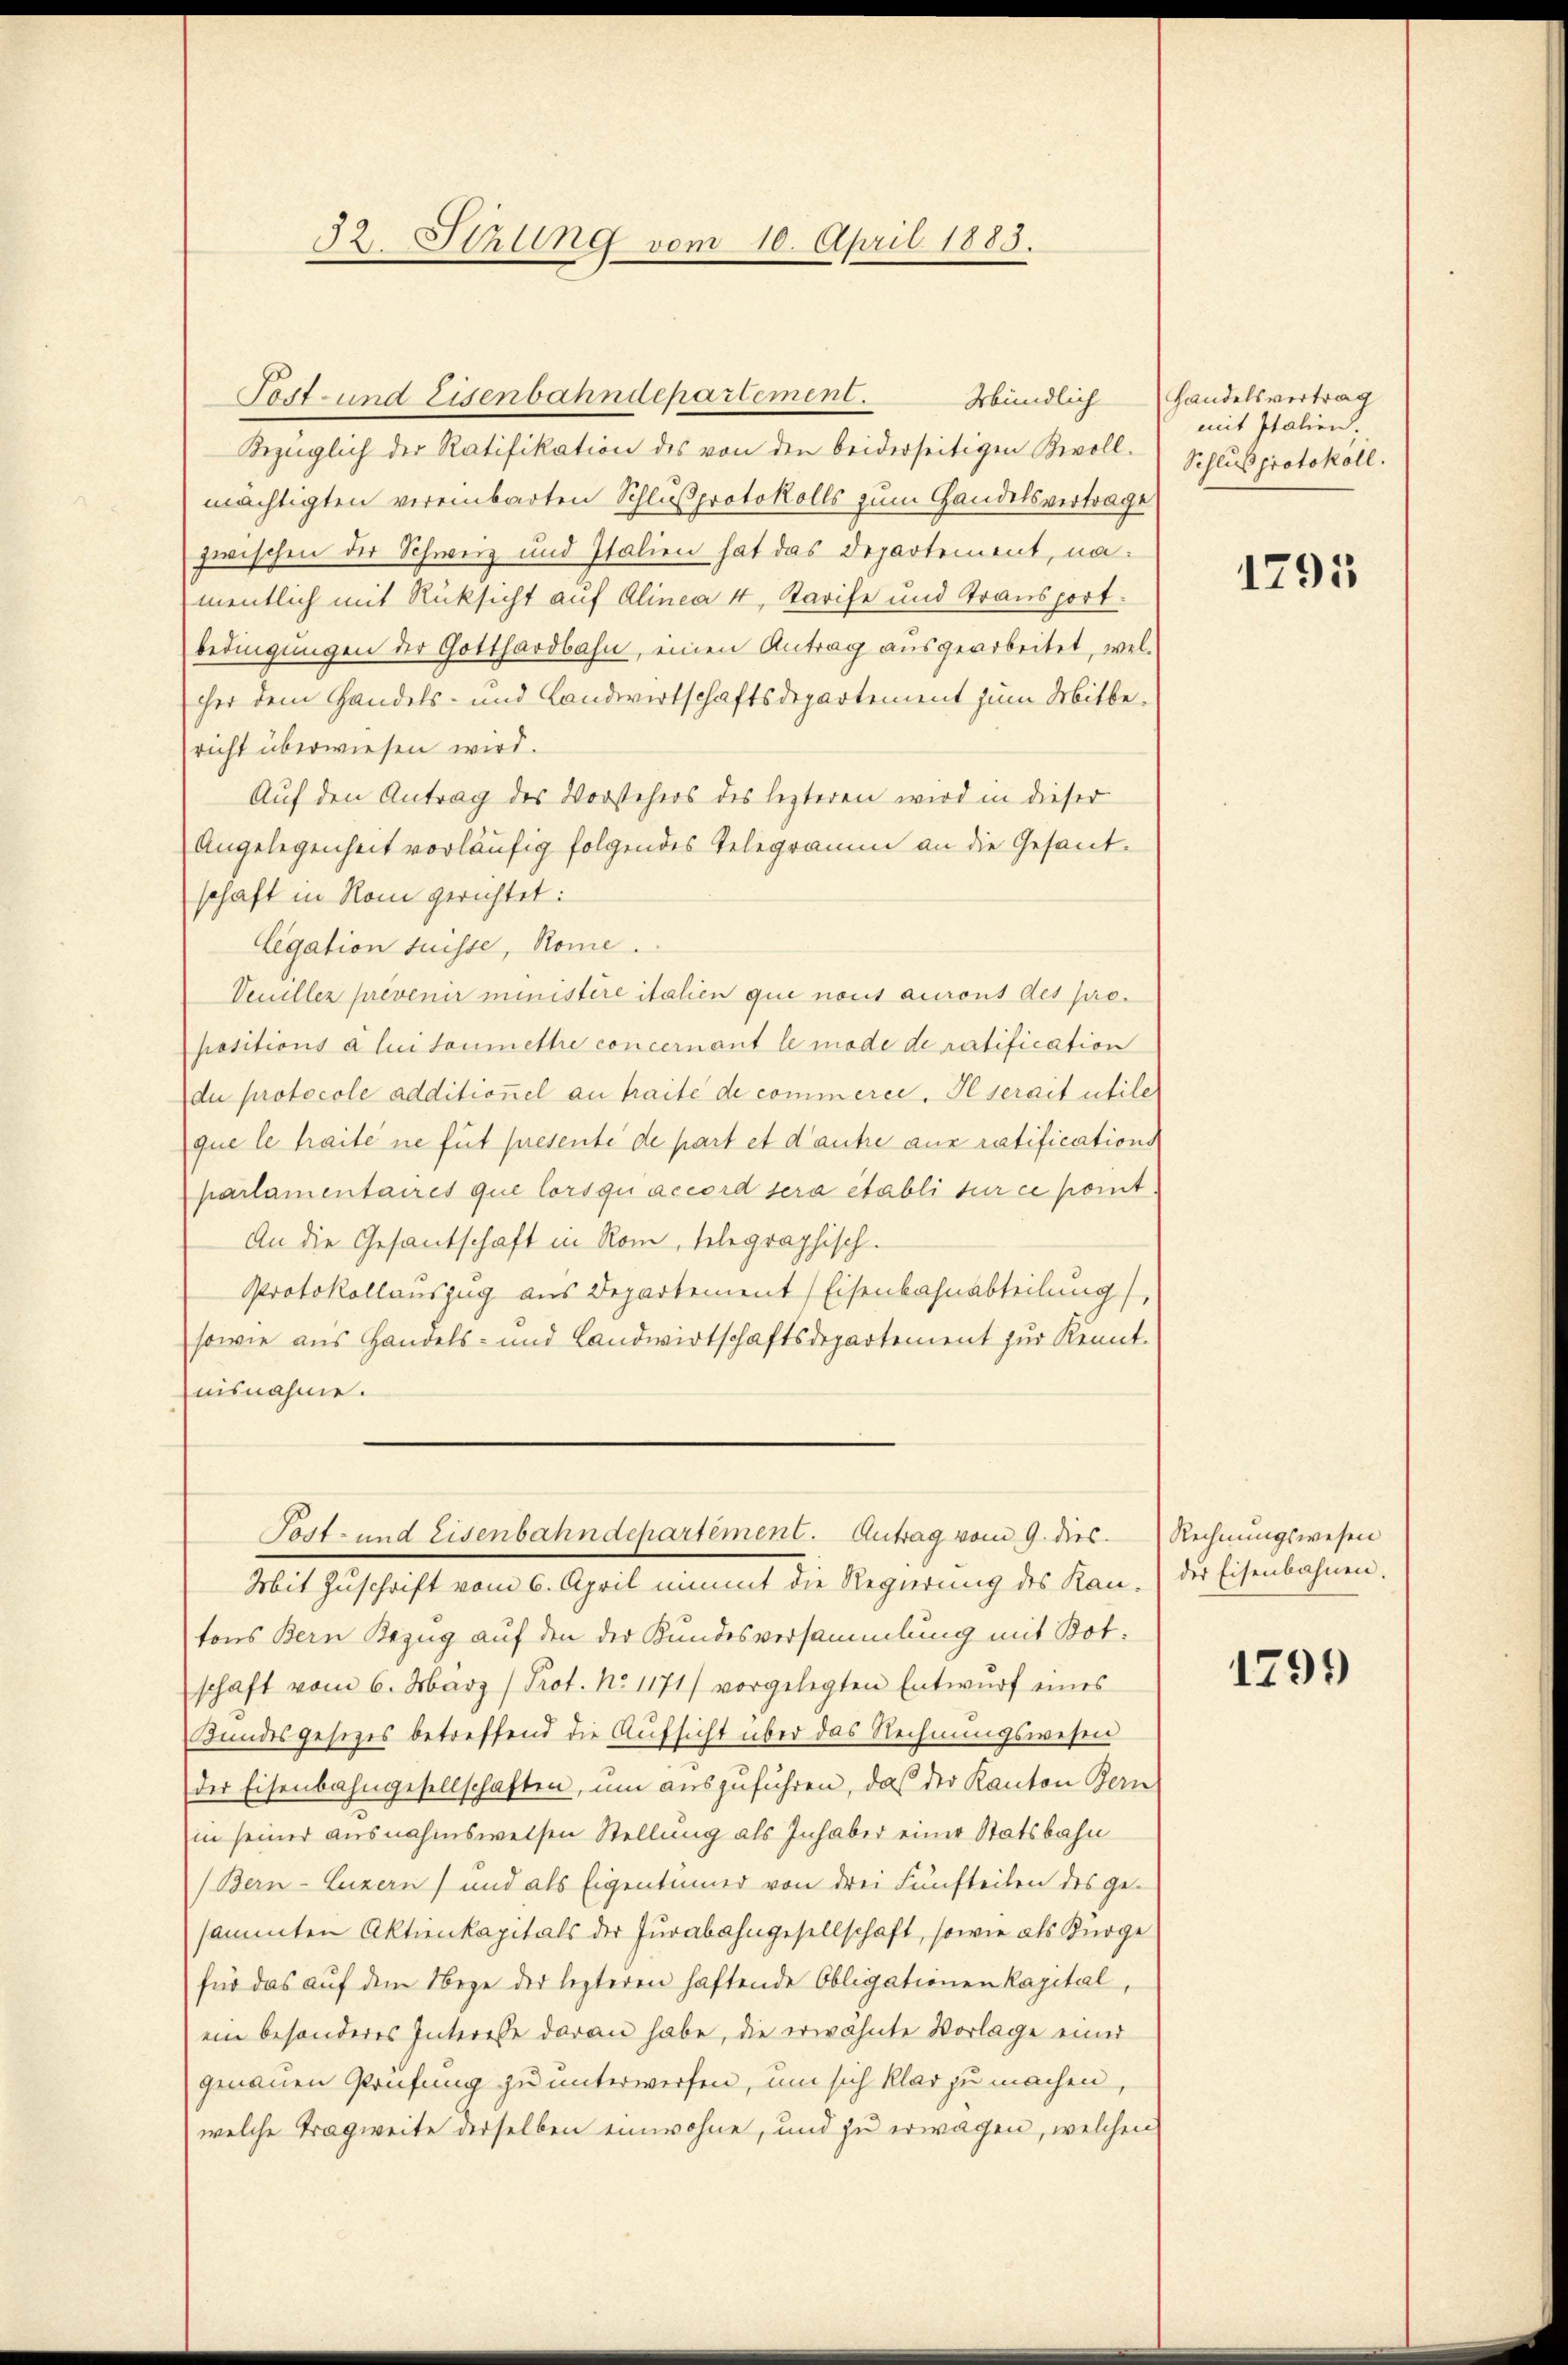
32. Sitzung vom 10. April 1883.

Bezüglich der Ratifikation des von den beiderseitigen Bevoll-
mächtigten vereinbarten Schlußprotokolls zum Handelsvertrage
zwischen der Schweiz und Italien hat das Departement, namentlich mit Rücksicht auf Alinea 4, Tarife und Transport.
bedingungen der Gotthardbahn, einen Antrag ausgearbeitet, welcher dem Handels- und Landwirtschaftsdepartement zum Mitbericht überwiesen wird.
Auf den Antrag des Vorstehers des lezteren wird in dieser
Angelegenheit vorläufig folgendes Telegramm an die Gesandschaft in Rom gerichtet:
Legation fuisse, Rome.
Veuiller prevenir ministere italien que nous auront des propositions à lui soumettre concernant le mode de ratification
du protocole additionel an traite de commerce. Il serait utile
que le haite ne fut presente de part et d’autre aus ratifications
parlamentaires que lorsquaccord sera etabli sur ce pomt
An die Gesantschaft in Rom, telegraphisch.
Protokollauszug aus Departement Eisenbahnabteilung
sowie aus Handels- und Landwirtschaftsdepartement zur Kennt-
nisnahme.

Post- und Eisenbahndepartement.
Mündlich

Tost- und Eisenbahndepartement. Antrag vom 9. dies

Mit Zuschrift vom 6. April nimmt die Regierung des Kantons Bern Bezug auf den der Kundesversammlung mit Botschaft vom 6. März (Prot. No 1171) vorgelegten Entwŭrf eines
Bundesgesetzes betreffend die Aufsicht über das Rechnungswesen
der Eisenbahngesellschaften, um auszuführen, daß der Kanton Bern
in seiner ausnahmsweisen Stellung als Inhaber einer Statsbahn
(Bern-Luzern) und als Eigentümer von drei Fünfteilen des gesammten Aktienkapitals der Jurabahngesellschaft, sowie als Kurge
für das auf dem Wege der lezteren haftende Obligationen Kapital
ein besonderes Interesse daran habe, die erwähnte Vorlage einer
genauen Prüfung zu unterwerfen, um sich klar zu machen,
welche Tragweite derselben einwohne, und zu erwagen, welchen

Handelsvertrag
mit Italien.
Schlußprotokoll.

1295

Rechnungswesen
der Eisenbahnen.

1799